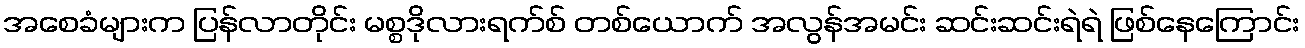
အစေခံများက ပြန်လာတိုင်း မစ္စဒိုလားရက်စ် တစ်ယောက် အလွန်အမင်း ဆင်းဆင်းရဲရဲ ဖြစ်နေကြောင်း